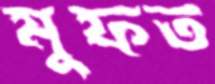
মুফত